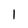
Character: l